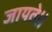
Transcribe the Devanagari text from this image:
जायते॥